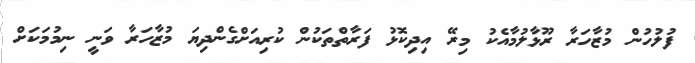
ފުލުހުން މުޒާހަރާ ރޫޅާލުމާއެކު މިރޭ އިދިކޮޅު ފަރާތްތަކުން ކުރިއަށްގެންދިޔަ މުޒާހަރާ ވަނީ ނިމުމަކަށް